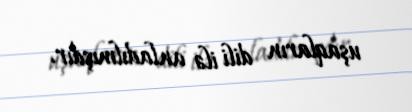
uşaqların dili ilə anladılmışdır.